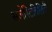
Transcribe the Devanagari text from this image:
सजेस्टिबिलिटी